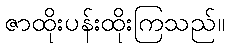
ဇာထိုးပန်းထိုးကြသည်။